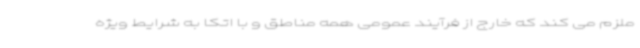
ملزم می کند که خارج از فرآیند عمومی همه مناطق و با اتکا به شرایط ویژه